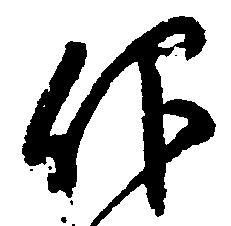
仰